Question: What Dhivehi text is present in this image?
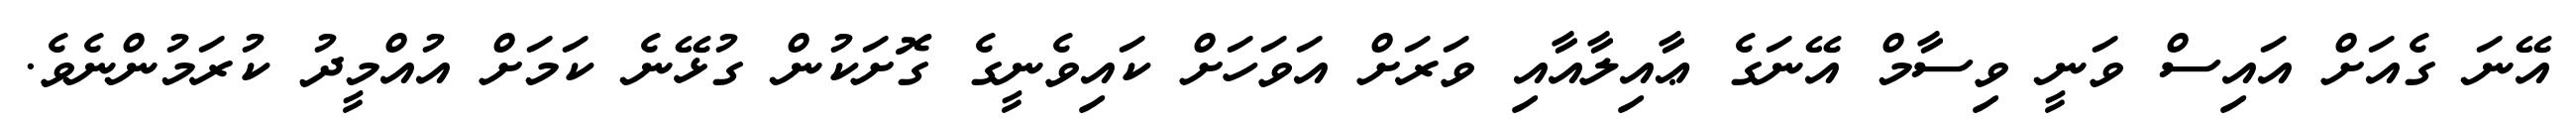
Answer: އޭނަ ގެއަށް އައިސް ވަނީ ވިސާމް އޭނަގެ ޢާއިލާއާއި ވަރަށް އަވަހަށް ކައިވެނީގެ ގޮށަކުން ގުޅޭނެ ކަމަށް އުއްމީދު ކުރަމުންނެވެ.